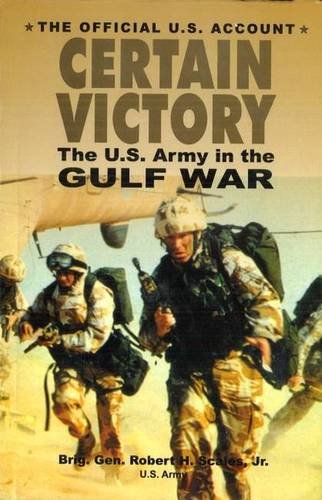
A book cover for Certain Victory: The U.S. Army in the Gulf War (Ausa Book); Robert Scales; History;